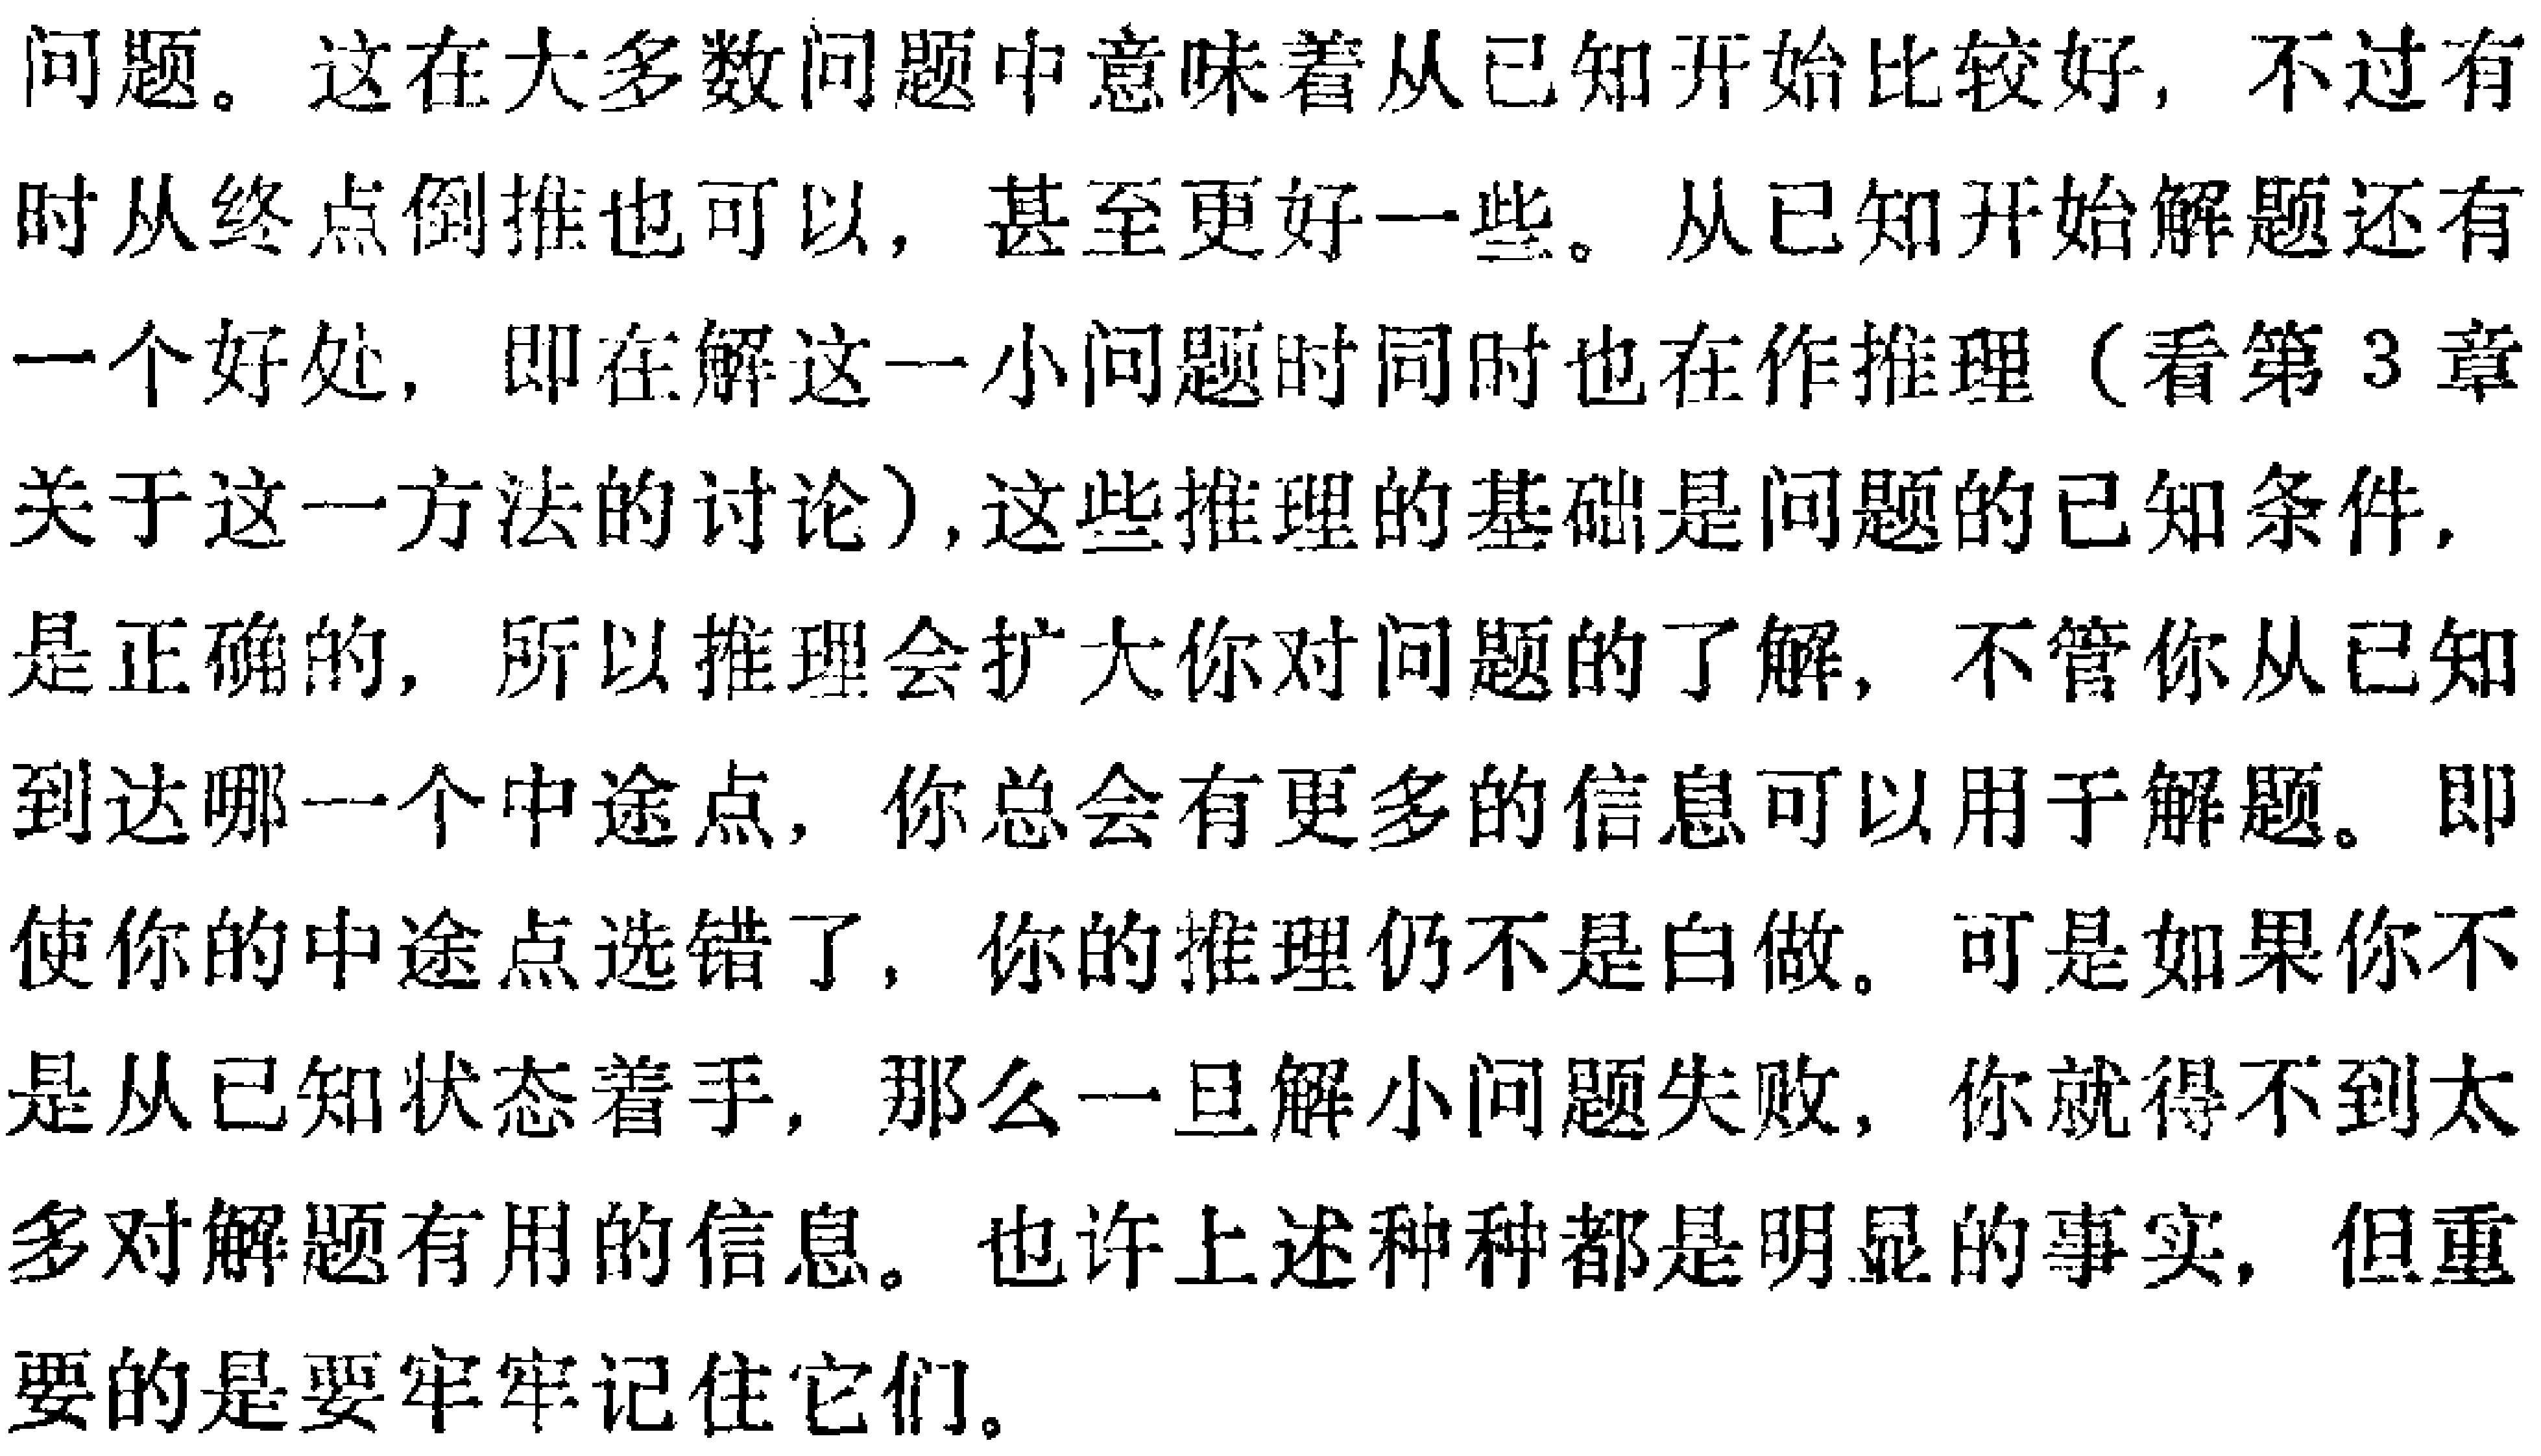
问题。这在大多数问题中意味着从已知开始比较好，不过有时从终点倒推也可以，甚至更好一些。从已知开始解题还有一个好处，即在解这一小问题时同时也在作推理（看第3章关于这一方法的讨论）,这些推理的基础是问题的已知条件,是正确的，所以推理会扩大你对问题的了解，不管你从已知到达哪一个中途点，你总会有更多的信息可以用于解题。即使你的中途点选错了，你的推理仍不是白做。可是如果你不是从已知状态着手，那么一旦解小问题失败，你就得不到太多对解题有用的信息。也许上述种种都是明显的事实，但重要的是要牢牢记住它们。